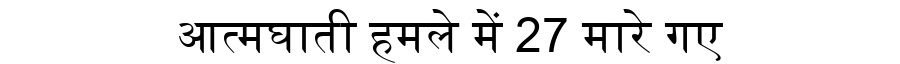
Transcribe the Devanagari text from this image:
आत्मघाती हमले में 27 मारे गए